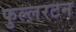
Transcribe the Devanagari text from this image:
फुल्लरटन